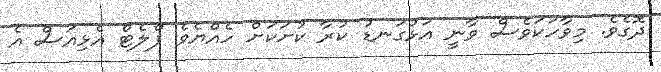
ދޮގެވެ. މިވާހަކަވެސް ވާނީ އަޅުގަނޑު ކުރާ ކުށަކަށް ހެއްޔެވެ ފްލެޓް އެޅިއަސް އެ